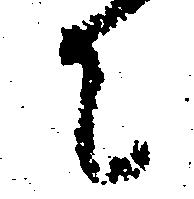
て